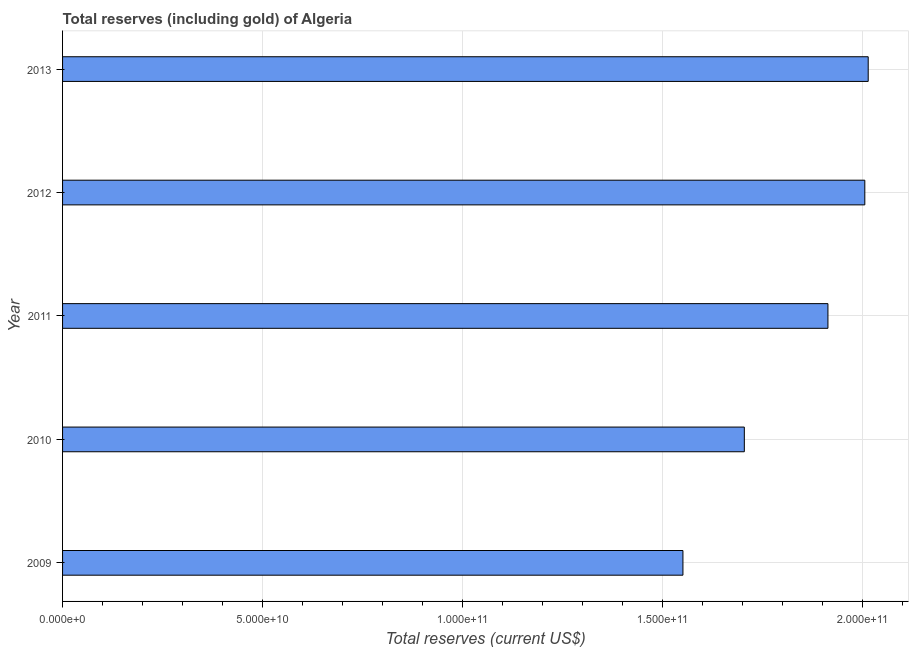
| Year | Total reserves (includes gold |
 | --- | --- |
 | 2009 | 1.55e+11 |
 | 2010 | 1.7e+11 |
 | 2011 | 1.91e+11 |
 | 2012 | 2.01e+11 |
 | 2013 | 2.01e+11 |